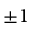
\pm 1